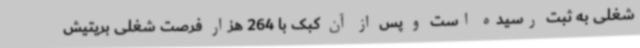
شغلی به ثبت رسیده است و پس از آن کبک با 264 هزار فرصت شغلی بریتیش